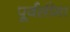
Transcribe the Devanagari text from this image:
पूर्वसीमा